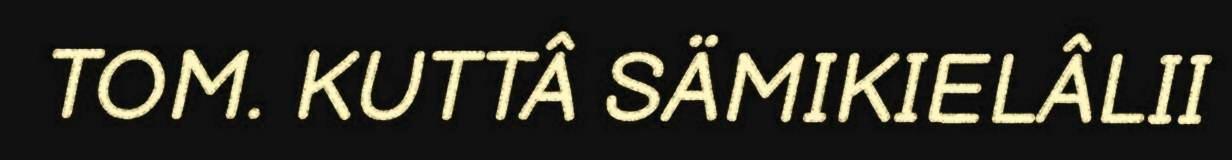
TOM. KUTTÂ SÄMIKIELÂLII